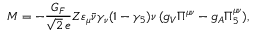
{ \cal M } = - \frac { G _ { F } } { \sqrt { 2 } \, e } Z \varepsilon _ { \mu } \bar { \nu } \gamma _ { \nu } ( 1 - \gamma _ { 5 } ) \nu \, ( g _ { V } \Pi ^ { \mu \nu } - g _ { A } \Pi _ { 5 } ^ { \mu \nu } ) ,